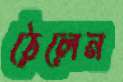
ঠেলেন